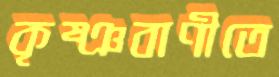
কৃষ্ঞবাণীতে